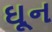
ઘૂન